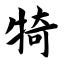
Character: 犄